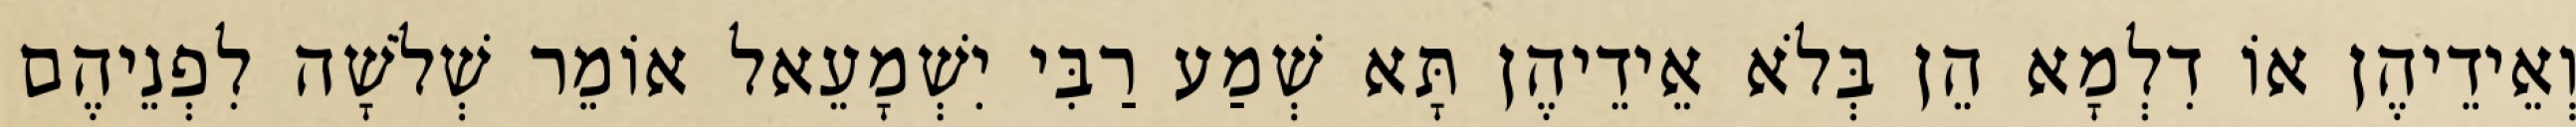
וְאֵידֵיהֶן אוֹ דִלְמָא הֵן בְּלֹא אֵידֵיהֶן תָּא שְׁמַע רַבִּי יִשְׁמָעֵאל אוֹמֵר שְׁלֹשָׁה לִפְנֵיהֶם